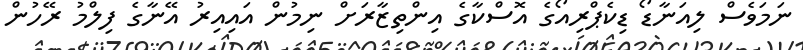
ނަމަވެސް ލިއަނާޑޯ ޑިކެޕްރިއޯގެ އޮސްކާގެ އިންތިޒާރަށް ނިމުން އައިއިރު އޭނާގެ ފިލްމު ރޭހުން